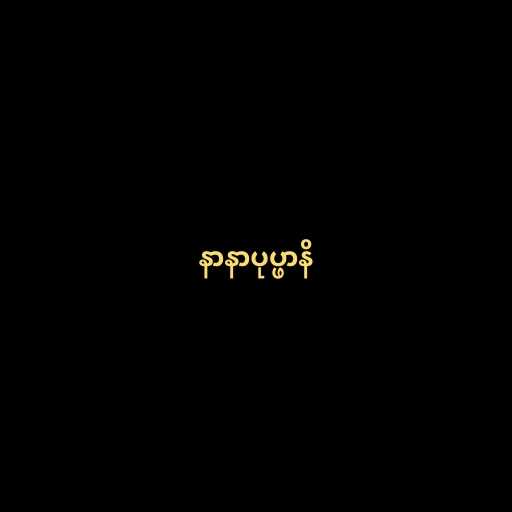
နာနာပုပ္ဖာနိ